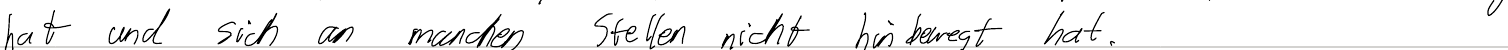
hat und sich an manchen Stellen nicht hinbewegt hat.